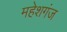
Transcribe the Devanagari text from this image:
महेशगंज